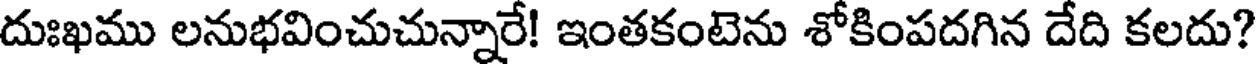
దుఃఖము లనుభవించుచున్నారే! ఇంతకంటెను శోకింపదగిన దేది కలదు?